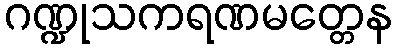
ဂဏ္ဍုသကရဏမတ္တေန